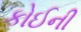
કોઈની